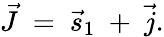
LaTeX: \vec{J}\ =\ \vec{s}_{1}\ +\ \vec{j}.